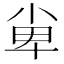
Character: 𡭼